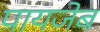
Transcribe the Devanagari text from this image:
पायजेब